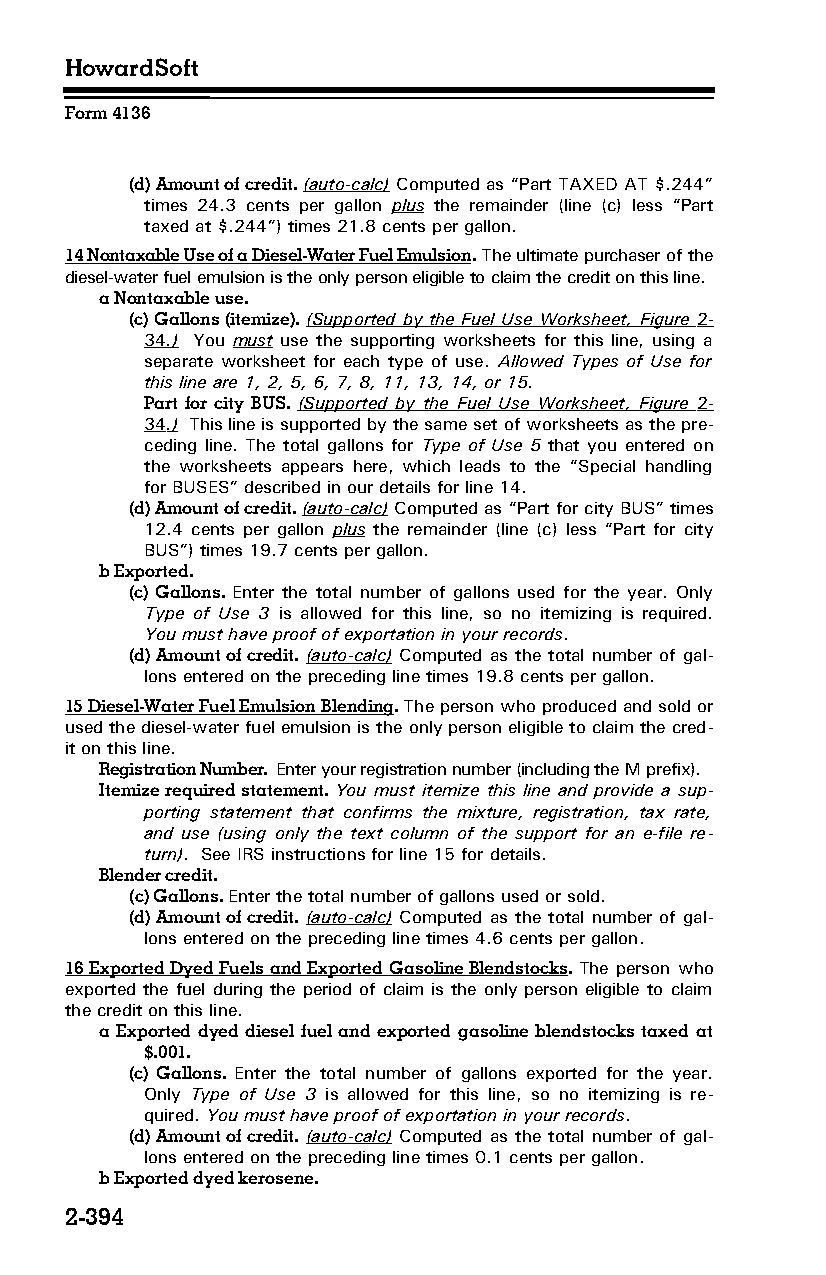
HowardSoft
 Form 4136
 (d) Amount of credit. (auto-calc) Computed as “Part TAXED AT $.244”
 times 24.3 cents per gallon plus the remainder (line (c) less “Part
 taxed at $.244”) times 21.8 cents per gallon.
 14 Nontaxable Use of a Diesel-Water Fuel Emulsion. The ultimate purchaser of the
 diesel-water fuel emulsion is the only person eligible to claim the credit on this line.
 a Nontaxable use.
 (c) Gallons (itemize). (Supported by the Fuel Use Worksheet, Figure 2-
 34 .) You must use the supporting worksheets for this line, using a
 separate worksheet for each type of use. Allowed Types of Use for
 this line are 1, 2, 5, 6, 7, 8, 11, 13, 14, or 15.
 Part for city BUS. (Supported by the Fuel Use Worksheet, Figure 2-
 34 .) This line is supported by the same set of worksheets as the pre­
 ceding line. The total gallons for Type of Use 5 that you entered on
 the worksheets appears here, which leads to the “Special handling
 for BUSES” described in our details for line 14.
 (d) Amount of credit. (auto-calc) Computed as “Part for city BUS” times
 12.4 cents per gallon plus the remainder (line (c) less “Part for city
 BUS”) times 19.7 cents per gallon.
 b Exported.
 (c) Gallons. Enter the total number of gallons used for the year. Only
 Type of Use 3 is allowed for this line, so no itemizing is required.
 You must have proof of exportation in your records.
 (d) Amount of credit. (auto-calc) Computed as the total number of gal­
 lons entered on the preceding line times 19.8 cents per gallon.
 15 Diesel-Water Fuel Emulsion Blending. The person who produced and sold or
 used the diesel-water fuel emulsion is the only person eligible to claim the cred­
 it on this line.
 Registration Number. Enter your registration number (including the M prefix).
 Itemize required statement. You must itemize this line and provide a sup­
 porting statement that confirms the mixture, registration, tax rate,
 and use (using only the text column of the support for an e-file re­
 turn). See IRS instructions for line 15 for details.
 Blender credit.
 (c) Gallons. Enter the total number of gallons used or sold.
 (d) Amount of credit. (auto-calc) Computed as the total number of gal­
 lons entered on the preceding line times 4.6 cents per gallon.
 16 Exported Dyed Fuels and Exported Gasoline Blendstocks. The person who
 exported the fuel during the period of claim is the only person eligible to claim
 the credit on this line.
 a Exported dyed diesel fuel and exported gasoline blendstocks taxed at
 $.001.
 (c) Gallons. Enter the total number of gallons exported for the year.
 Only Type of Use 3 is allowed for this line, so no itemizing is re­
 quired. You must have proof of exportation in your records.
 (d) Amount of credit. (auto-calc) Computed as the total number of gal­
 lons entered on the preceding line times 0.1 cents per gallon.
 b Exported dyed kerosene.
 2-394